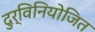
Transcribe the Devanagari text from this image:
दुर्विनियोजित